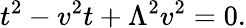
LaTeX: t^{2}-v^{2}t+\Lambda^{2}v^{2}=0.